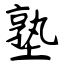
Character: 塾